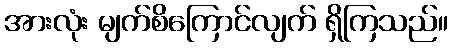
အားလုံး မျက်စိကြောင်လျက် ရှိကြသည်။